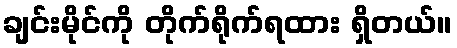
ချင်းမိုင်ကို တိုက်ရိုက်ရထား ရှိတယ်။